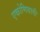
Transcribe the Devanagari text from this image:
एकोणिसावी